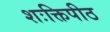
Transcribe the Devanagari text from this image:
शःक्तिपीठ